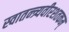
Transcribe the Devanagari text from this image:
स्वातन्त्र्यवीरशतकम्